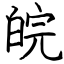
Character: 皖